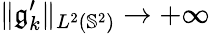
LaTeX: \| \mathfrak{g}_{k}^{\prime}\| _{L^{2}(\mathbb{{S}}^{2})}\rightarrow+\infty